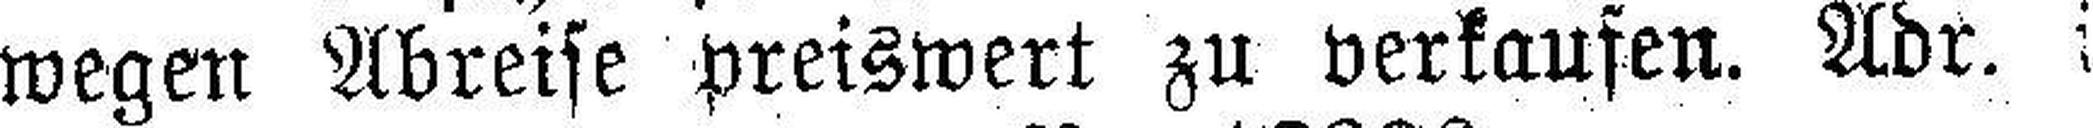
wegen Abreise preiswert zu verkaufen. Adr.